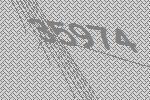
35974